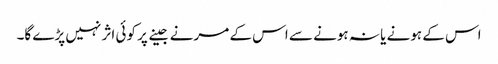
اس کے ہونے یا نہ ہونے سے اس کے مرنے جینے پر کوئی اثر نہیں پڑے گا۔